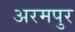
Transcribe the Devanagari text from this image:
अरमपुर